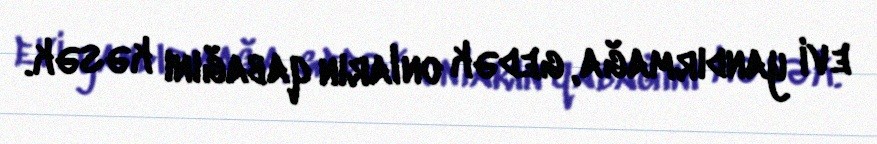
evi yandırmağa, gedək onların qabağını kəsək.